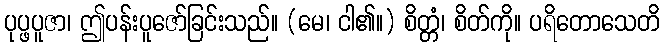
ပုပ္ဖပူဇာ၊ ဤပန်းပူဇော်ခြင်းသည်။ (မေ၊ ငါ၏။) စိတ္တံ၊ စိတ်ကို။ ပရိတောသေတိ